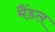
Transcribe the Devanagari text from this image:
मैंडल